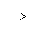
Letter: _dal